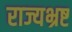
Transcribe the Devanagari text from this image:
राज्यभ्रष्ट